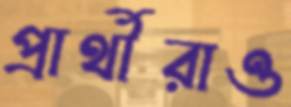
প্রার্থীরাও